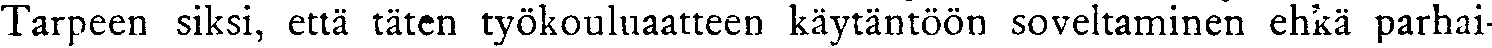
Tarpeen siksi, että täten työkouluaatteen käytäntöön soveltaminen ehkä parhai-